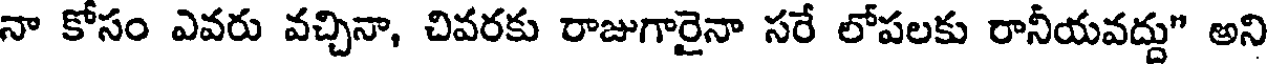
నా కోసం ఎవరు వచ్చినా, చివరకు రాజుగారైనా సరే లోపలకు రానీయవద్దు" అని